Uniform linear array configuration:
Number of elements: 8
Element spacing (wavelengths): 1
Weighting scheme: binomial
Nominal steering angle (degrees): -15
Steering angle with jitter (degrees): -16.004
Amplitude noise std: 0.05
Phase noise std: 0.05

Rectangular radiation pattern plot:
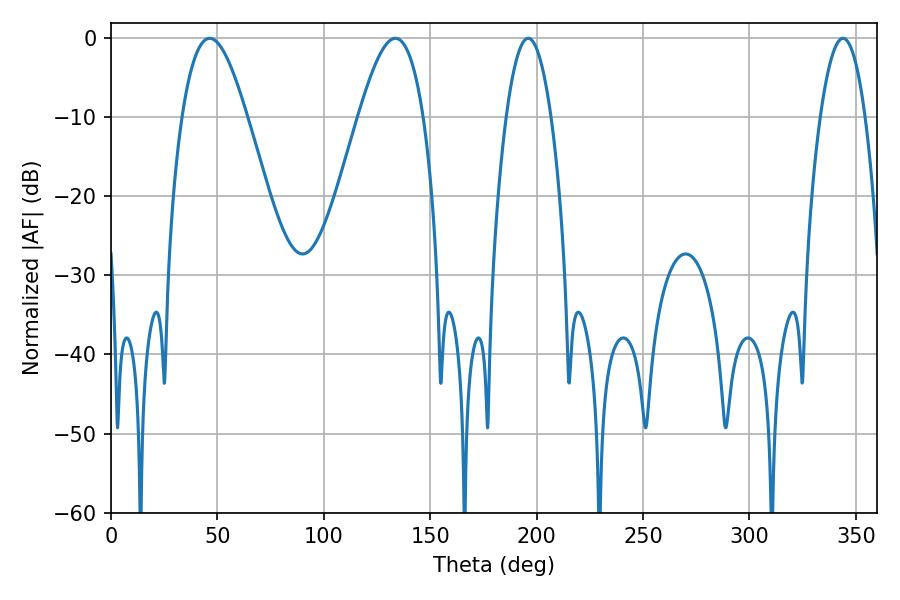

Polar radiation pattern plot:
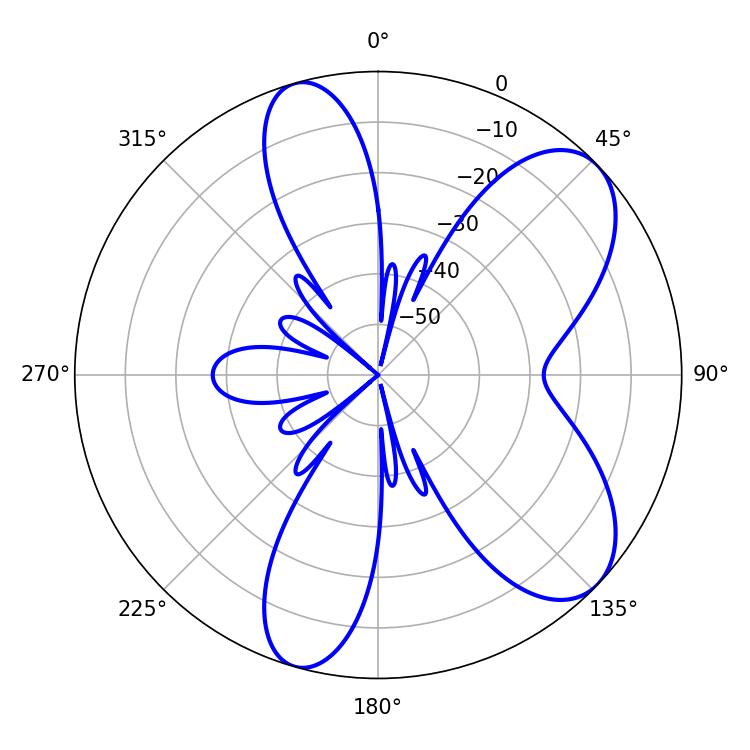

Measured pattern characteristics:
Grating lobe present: TRUE
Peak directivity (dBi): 7.68
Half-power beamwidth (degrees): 11.7
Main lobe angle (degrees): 196.02